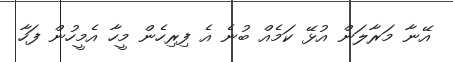
އޭނާ މަރާލަން އުޅޭ ކަމެއް ބުނެ އެ ފިރިހެން މީހާ އެމީހުން ފަހާ